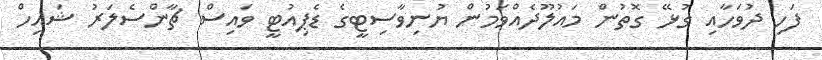
ފަހި ދުވަހާއި ގުޅޭ ގޮތުން މައުލޫދެއްވަމުން ޔުނިވާސިޓީގެ ޑެޕިއުޓީ ވައިސް ޗާންސެލަރު ޝައިހް